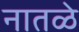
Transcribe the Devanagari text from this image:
नातळे